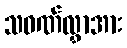
သဝဏ်လွှာအား